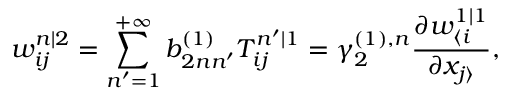
w _ { i j } ^ { n | 2 } = \sum _ { n ^ { \prime } = 1 } ^ { + \infty } b _ { 2 n n ^ { \prime } } ^ { ( 1 ) } T _ { i j } ^ { n ^ { \prime } | 1 } = \gamma _ { 2 } ^ { ( 1 ) , n } \frac { \partial w _ { \langle i } ^ { 1 | 1 } } { \partial x _ { j \rangle } } ,